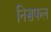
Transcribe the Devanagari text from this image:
निसफल